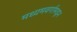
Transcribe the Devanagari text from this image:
मध्यमवर्गामधून